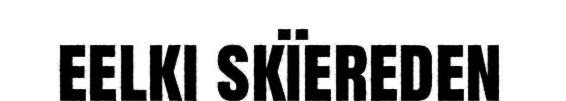
eelki skïereden